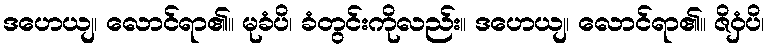
ဒဟေယျ၊ လောင်ရာ၏။ မုခံပိ၊ ခံတွင်းကိုလည်း။ ဒဟေယျ၊ လောင်ရာ၏။ ဇိဝှံပိ၊